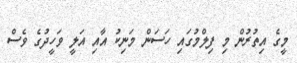
މީގެ އިތުުރުން މި ފިލްމުގައި ހަސަން މަނިކު އާއި އަލީ ވަހީދުގެ ވެސް